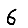
Digit: 6